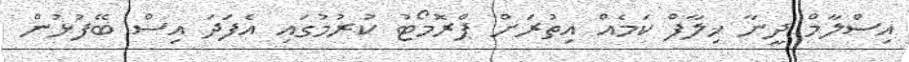
އިސްލާމް ދީނާ ޚިލާފް ކަމެއް އިތުރަށް ޕްރޮމޯޓު ކުރުމުގައި އެފަދަ އިސް ބޭފުޅުން